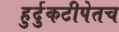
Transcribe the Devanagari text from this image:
हुर्दुकटीपेतच